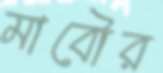
মাবৌর